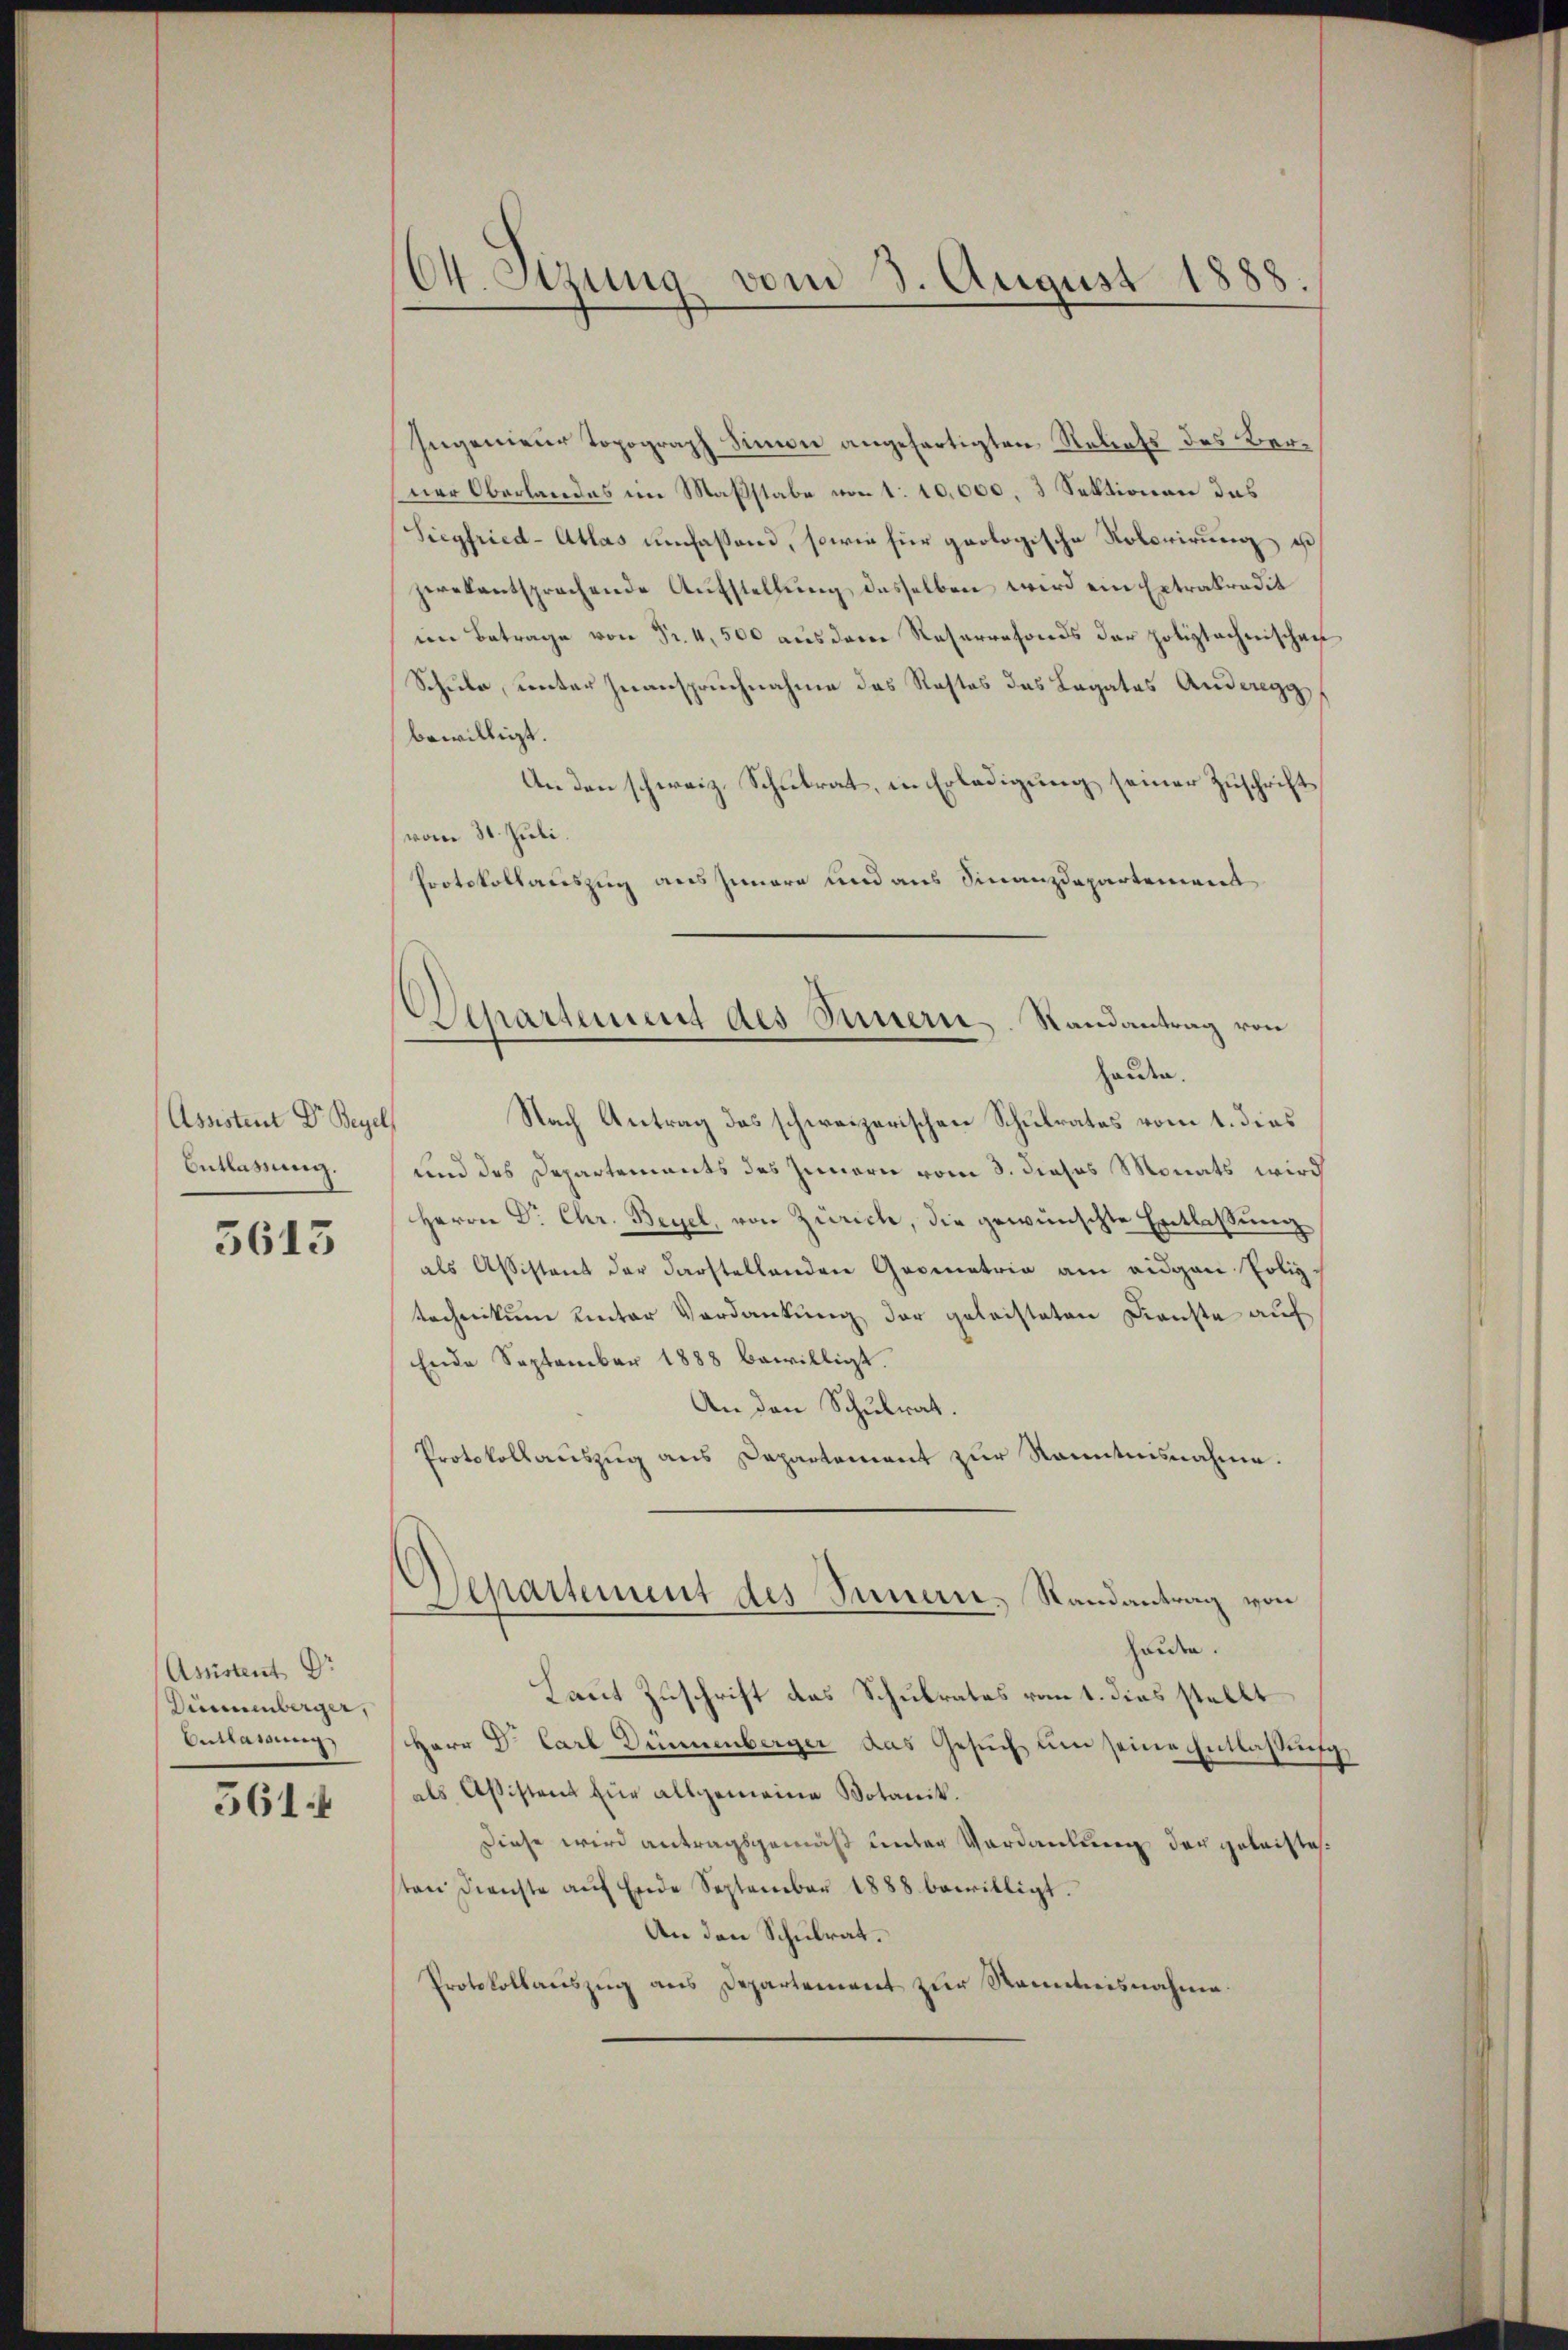
(Assistent Dr Beyel
Ontlassung.

5613

(Assistent Dr
Dirnenberger,
Auslassung

561.

64. Sitzung vom 3. August 1888.

Ingenieur topograph Simon angefertigten Rebets des Berner Oberlandes im Maßstabe von 1. 10,000, 3 Sektionen das
Siegfried-Atlas umfassend, sowie für geologische Roberirung, es
zeralentsprachende Aŭfstellŭng desselben wird ein Extraktradit
im Betrage von Fr. 4, 500 aŭs dem Reservefonds der poliztachenschen
Schule, unter Zuanspruchnahme des Rostos das Legates Anderegg
bewilligt.
An den schweiz. Schulrat, in Erledigung seiner Zuschrift
vom 31. Juli.
Protokollauszug aus Innere und aus Finanzdepartement
Nach Antrag des schweizerischen Schulrates vom 1. dies
und das Departements des Innern vom 3. dieses Monats wird
Herrn Dr. Chr. Beyel, von Zürich, die gewünschte Entlaßung
als Assistant der darstellenden Geometria am eidgan Politechnikum unter Verdankung der geleisteten Dienste auf
Ende September 1888 bewilligt.
An den Schulrat.
Protokollauszug aus Departement zur Kenntnisnahme.
Departement des Innern, Randantrag von
henden.
Laut Zuschrift das Schulrates vom 1. dies stellt
Herr Dr. Carl Dünnenberger das Gesuch um seine Entlassung,
als Aßistent für allgemeine Votanik.
Diese wird antragsgemäß unter Verdankung der geleisteton Dienste aŭf Ende September 1888 bewilligt.
An den Schulrat.
Protokollaŭszŭg ans Departement zur Renntnisnahme.

Departement des Sinnern. Randantrag von
handen.